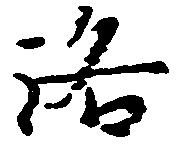
洛